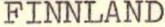
FINNLAND